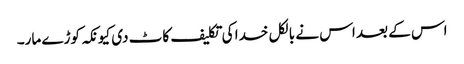
اس کے بعد اس نے بالکل خدا کی تکلیف کاٹ دی کیونکہ کوڑے مار۔